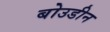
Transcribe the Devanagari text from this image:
बोउडीन